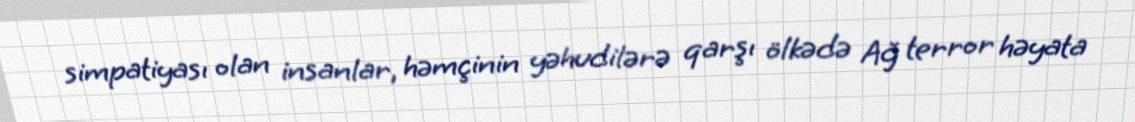
simpatiyası olan insanlar, həmçinin yəhudilərə qarşı ölkədə Ağ terror həyata